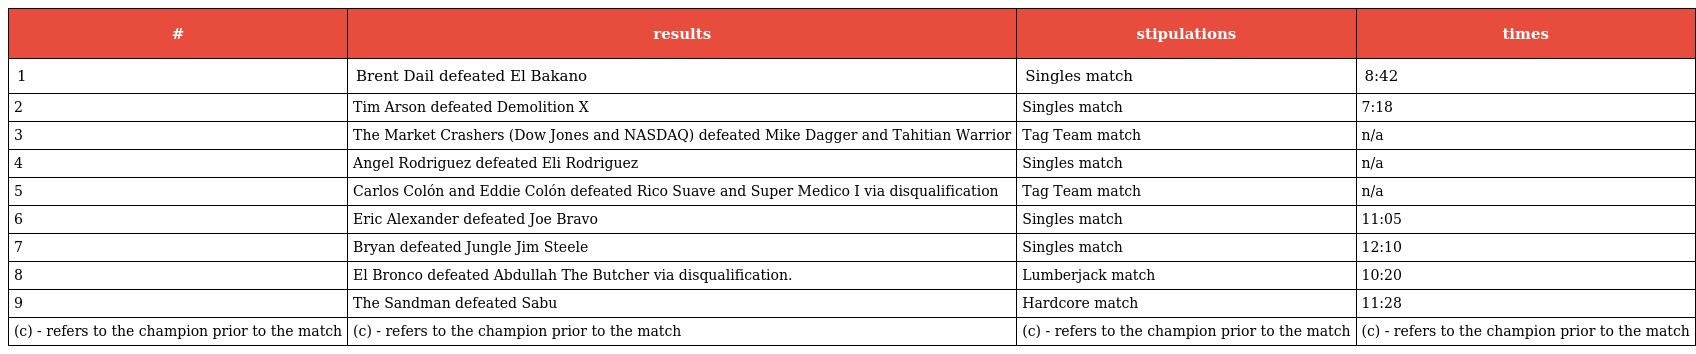
| # | results | stipulations | times |
 | --- | --- | --- | --- |
 | 1 | Brent Dail defeated El Bakano | Singles match | 8:42 |
 | 2 | Tim Arson defeated Demolition X | Singles match | 7:18 |
 | 3 | The Market Crashers (Dow Jones and NASDAQ) defeated Mike Dagger and Tahitian Warrior | Tag Team match | n/a |
 | 4 | Angel Rodriguez defeated Eli Rodriguez | Singles match | n/a |
 | 5 | Carlos Colón and Eddie Colón defeated Rico Suave and Super Medico I via disqualification | Tag Team match | n/a |
 | 6 | Eric Alexander defeated Joe Bravo | Singles match | 11:05 |
 | 7 | Bryan defeated Jungle Jim Steele | Singles match | 12:10 |
 | 8 | El Bronco defeated Abdullah The Butcher via disqualification. | Lumberjack match | 10:20 |
 | 9 | The Sandman defeated Sabu | Hardcore match | 11:28 |
 | (c) - refers to the champion prior to the match | (c) - refers to the champion prior to the match | (c) - refers to the champion prior to the match | (c) - refers to the champion prior to the match |